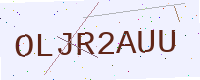
Text: OLJR2AUU